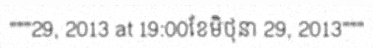
"""29, 2013 at 19:00ខែមិថុនា 29, 2013"""